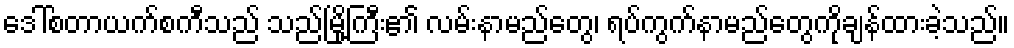
ဒေါ်စတာယက်စကီသည် သည်မြို့ကြီး၏ လမ်းနာမည်တွေ၊ ရပ်ကွက်နာမည်တွေကိုချန်ထားခဲ့သည်။